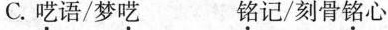
C.呓语/梦呓 铭记/刻骨铭心